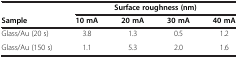
<table><thead><tr><td><b> </b></td><td colspan="4"><b>Surface roughness (nm)</b></td></tr><tr><td><b>Sample</b></td><td><b>10 mA</b></td><td><b>20 mA</b></td><td><b>30 mA</b></td><td><b>40 mA</b></td></tr></thead><tbody><tr><td>Glass/Au (20 s)</td><td>3.8</td><td>1.3</td><td>0.5</td><td>1.2</td></tr><tr><td>Glass/Au (150 s)</td><td>1.1</td><td>5.3</td><td>2.0</td><td>1.6</td></tr></tbody></table>